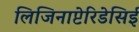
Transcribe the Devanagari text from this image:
लिजिनाप्टेरिडेसिई